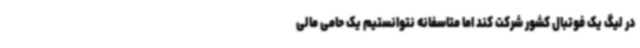
در لیگ یک فوتبال کشور شرکت کند اما متاسفانه نتوانستیم یک حامی مالی